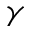
\gamma